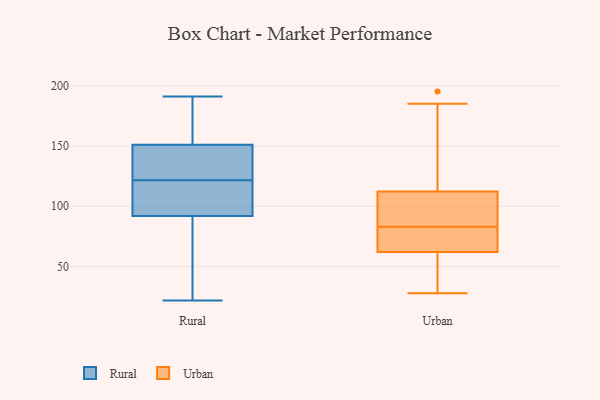
{"axis": {"x": "Latency (ms)", "y": "Value"}, "legend": ["Rural", "Urban"], "data": [{"x": "", "y": 138, "type": "Rural"}, {"x": "", "y": 191, "type": "Rural"}, {"x": "", "y": 120, "type": "Rural"}, {"x": "", "y": 158, "type": "Rural"}, {"x": "", "y": 99, "type": "Rural"}, {"x": "", "y": 152, "type": "Rural"}, {"x": "", "y": 124, "type": "Rural"}, {"x": "", "y": 157, "type": "Rural"}, {"x": "", "y": 39, "type": "Rural"}, {"x": "", "y": 106, "type": "Rural"}, {"x": "", "y": 150, "type": "Rural"}, {"x": "", "y": 30, "type": "Rural"}, {"x": "", "y": 123, "type": "Rural"}, {"x": "", "y": 104, "type": "Rural"}, {"x": "", "y": 85, "type": "Rural"}, {"x": "", "y": 184, "type": "Rural"}, {"x": "", "y": 149, "type": "Rural"}, {"x": "", "y": 22, "type": "Rural"}, {"x": "", "y": 103, "type": "Rural"}, {"x": "", "y": 64, "type": "Rural"}, {"x": "", "y": 62, "type": "Urban"}, {"x": "", "y": 83, "type": "Urban"}, {"x": "", "y": 195, "type": "Urban"}, {"x": "", "y": 28, "type": "Urban"}, {"x": "", "y": 87, "type": "Urban"}, {"x": "", "y": 62, "type": "Urban"}, {"x": "", "y": 147, "type": "Urban"}, {"x": "", "y": 117, "type": "Urban"}, {"x": "", "y": 42, "type": "Urban"}, {"x": "", "y": 136, "type": "Urban"}, {"x": "", "y": 89, "type": "Urban"}, {"x": "", "y": 63, "type": "Urban"}, {"x": "", "y": 75, "type": "Urban"}, {"x": "", "y": 73, "type": "Urban"}, {"x": "", "y": 92, "type": "Urban"}, {"x": "", "y": 60, "type": "Urban"}, {"x": "", "y": 98, "type": "Urban"}, {"x": "", "y": 185, "type": "Urban"}, {"x": "", "y": 31, "type": "Urban"}]}